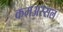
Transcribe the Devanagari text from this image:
कमअस्सल